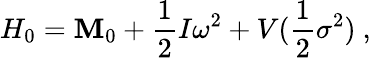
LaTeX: H_{0}=\mathbf{M}_{0}+\frac{1}{2}I\omega^{2}+V(\frac{1}{2}\sigma^{2})\ ,